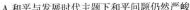
A.和平与发展时代主题下和平问题仍然严峻